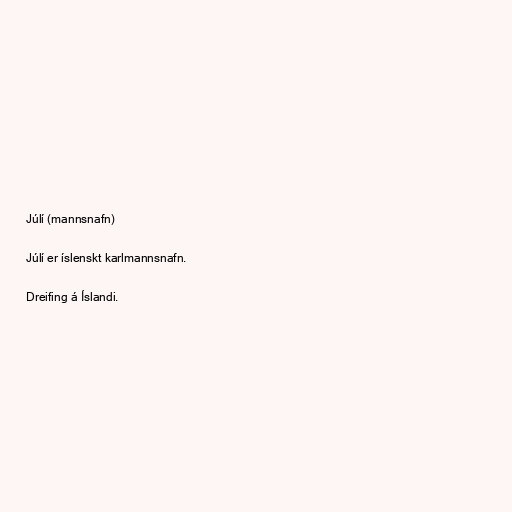
Júlí (mannsnafn)

Júlí er íslenskt karlmannsnafn.

Dreifing á Íslandi.